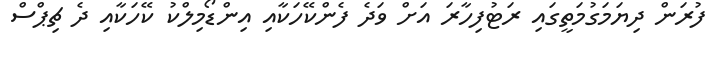
ފުރަން ދިޔަމަގުމަތީގައި ރަޓުފިހާރަ އަށް ވަދެ ފެންކޭހަކާއި އިންޑޯމިލްކު ކޭހަކާއި ދެ ޗިޕްސް